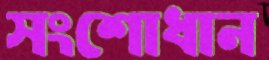
সংশোধান